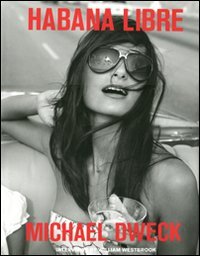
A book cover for Michael Dweck: Habana Libre; Travel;